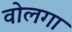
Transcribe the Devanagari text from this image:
वोलगा